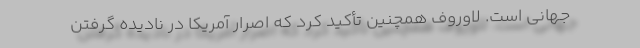
جهانی است. لاوروف همچنین تأکید کرد که اصرار آمریکا در نادیده گرفتن